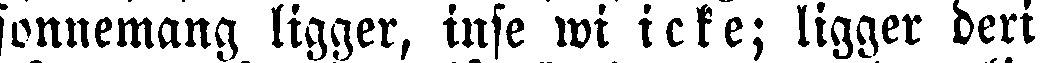
sonnemang ligger, inse wi icke; ligger deri